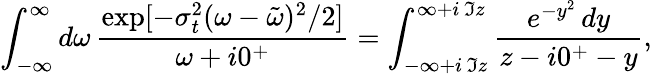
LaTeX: \int_{-\infty}^{\infty}d\omega\, \frac{\exp[-\sigma_{t}^{2}(\omega-\tilde{\omega})^{2}/2]}{\omega+i0^{+}}=\int_{-\infty+i\, \Im z}^{\infty+i\, \Im z}\frac{e^{-y^{2}}\, dy}{z-i0^{+}-y},